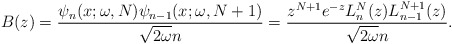
\begin{gather*} B(z) = \frac{\psi _{n}(x;\omega,N) \psi _{n-1}( x;\omega ,N+1) }{\sqrt{2\omega }n} = \frac{z^{N+1}e^{-z}L_{n}^{N}(z) L_{n-1}^{N+1}(z) }{\sqrt{2\omega }n}.\end{gather*}